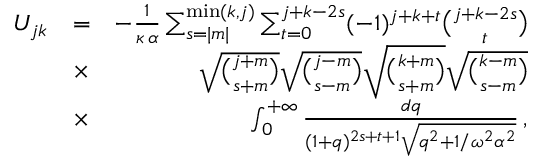
\begin{array} { r l r } { U _ { j k } } & { = } & { - \frac { 1 } { \kappa \, \alpha } \sum _ { s = | m | } ^ { \mathrm { m i n } ( k , j ) } \sum _ { t = 0 } ^ { j + k - 2 s } ( - 1 ) ^ { j + k + t } { \binom { j + k - 2 s } { t } } } \\ & { \times } & { \sqrt { { \binom { j + m } { s + m } } } \sqrt { { \binom { j - m } { s - m } } } \sqrt { { \binom { k + m } { s + m } } } \sqrt { { \binom { k - m } { s - m } } } } \\ & { \times } & { \int _ { 0 } ^ { + \infty } \frac { d q } { ( 1 + q ) ^ { 2 s + t + 1 } \sqrt { q ^ { 2 } + 1 / \omega ^ { 2 } \alpha ^ { 2 } } } \, , } \end{array}